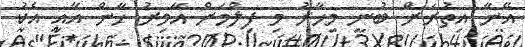
އޭނާ އިތުރަށް ބުނީ މިހާރު މި ފިލްމަށް އާމިރު ޚާން އާއި އެކު